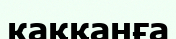
каққанға